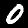
Digit: 0